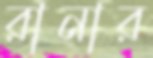
রানার